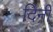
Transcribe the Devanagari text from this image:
दिनीं